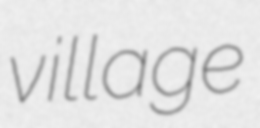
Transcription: village